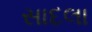
સાદલા